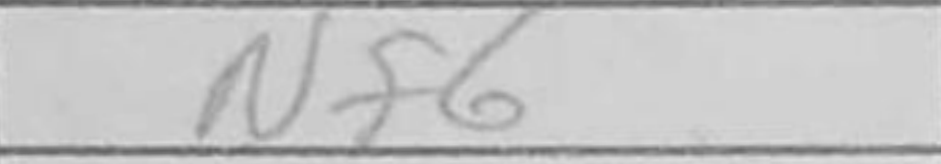
Transcription: Nf6